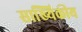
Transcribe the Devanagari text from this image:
साख्यिकीय